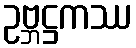
ဥဗ္ဘဋ္ဌကဿ